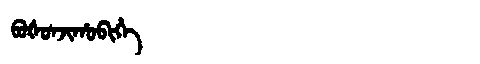
Manchu: ᠪᠣᡧᠣᠨᠵᡳᡥᠣᠪᡳᡥᡝ
Romanization: BOŠONJIHOBIHE